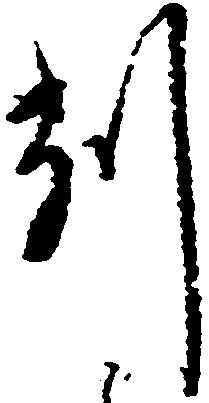
削